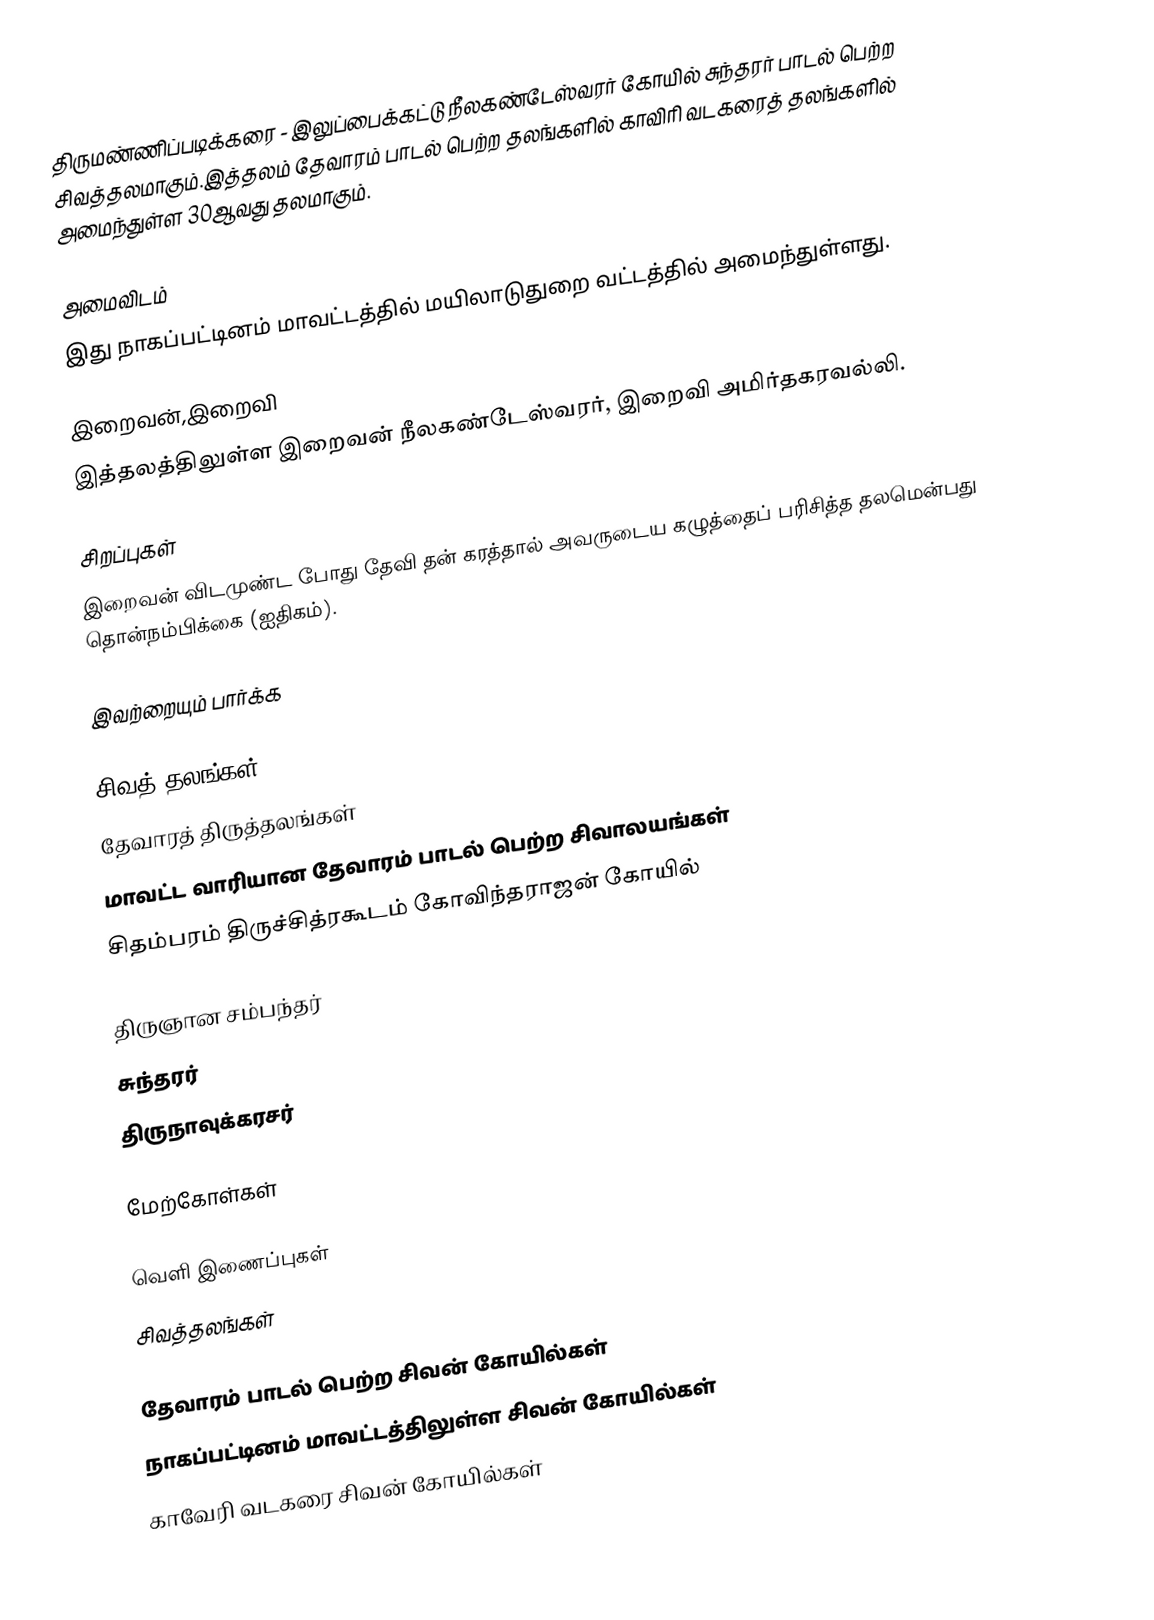
திருமண்ணிப்படிக்கரை - இலுப்பைக்கட்டு நீலகண்டேஸ்வரர் கோயில் சுந்தரர் பாடல் பெற்ற சிவத்தலமாகும்.இத்தலம் தேவாரம் பாடல் பெற்ற தலங்களில் காவிரி வடகரைத் தலங்களில் அமைந்துள்ள 30ஆவது  தலமாகும்.

அமைவிடம்
இது நாகப்பட்டினம் மாவட்டத்தில்  மயிலாடுதுறை வட்டத்தில் அமைந்துள்ளது.

இறைவன்,இறைவி
இத்தலத்திலுள்ள இறைவன் நீலகண்டேஸ்வரர், இறைவி அமிர்தகரவல்லி.

சிறப்புகள்
இறைவன் விடமுண்ட போது தேவி தன் கரத்தால் அவருடைய கழுத்தைப் பரிசித்த தலமென்பது தொன்நம்பிக்கை (ஐதிகம்).

இவற்றையும் பார்க்க

 சிவத் தலங்கள்
 தேவாரத் திருத்தலங்கள்
 மாவட்ட வாரியான தேவாரம் பாடல் பெற்ற சிவாலயங்கள்
 சிதம்பரம் திருச்சித்ரகூடம் கோவிந்தராஜன் கோயில்

 திருஞான சம்பந்தர்
 சுந்தரர்
 திருநாவுக்கரசர்

மேற்கோள்கள்

வெளி இணைப்புகள்
 சிவத்தலங்கள்

தேவாரம் பாடல் பெற்ற சிவன் கோயில்கள்
நாகப்பட்டினம் மாவட்டத்திலுள்ள சிவன் கோயில்கள்
காவேரி வடகரை சிவன் கோயில்கள்